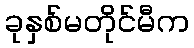
ခုနှစ်မတိုင်မီက